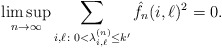
\begin{align*} \limsup_{n \to \infty} \sum_{i, \ell \colon 0<\lambda_{i,\ell}^{(n)} \leq k' } \hat f_n(i,\ell)^2 =0 .\end{align*}